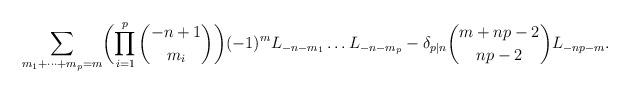
LaTeX: \begin{align*} \sum_{m_1+\cdots+m_p=m}\biggl(\prod_{i=1}^p \binom{-n+1}{m_i}\biggr)(-1)^m L_{-n-m_1}\ldots L_{-n-m_p}-\delta_{p\mid n}\binom{m+np-2}{np-2}L_{-np-m}.\end{align*}